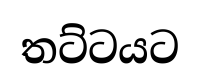
තට්ටයට